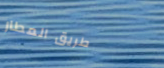
طريق المطار